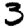
Digit: 3